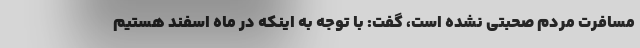
مسافرت مردم صحبتی نشده است، گفت: با توجه به اینکه در ماه اسفند هستیم